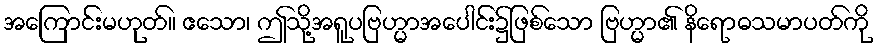
အကြောင်းမဟုတ်။ ဧသော၊ ဤသို့အရူပဗြဟ္မာအပေါင်း၌ဖြစ်သော ဗြဟ္မာ၏ နိရောဓသမာပတ်ကို